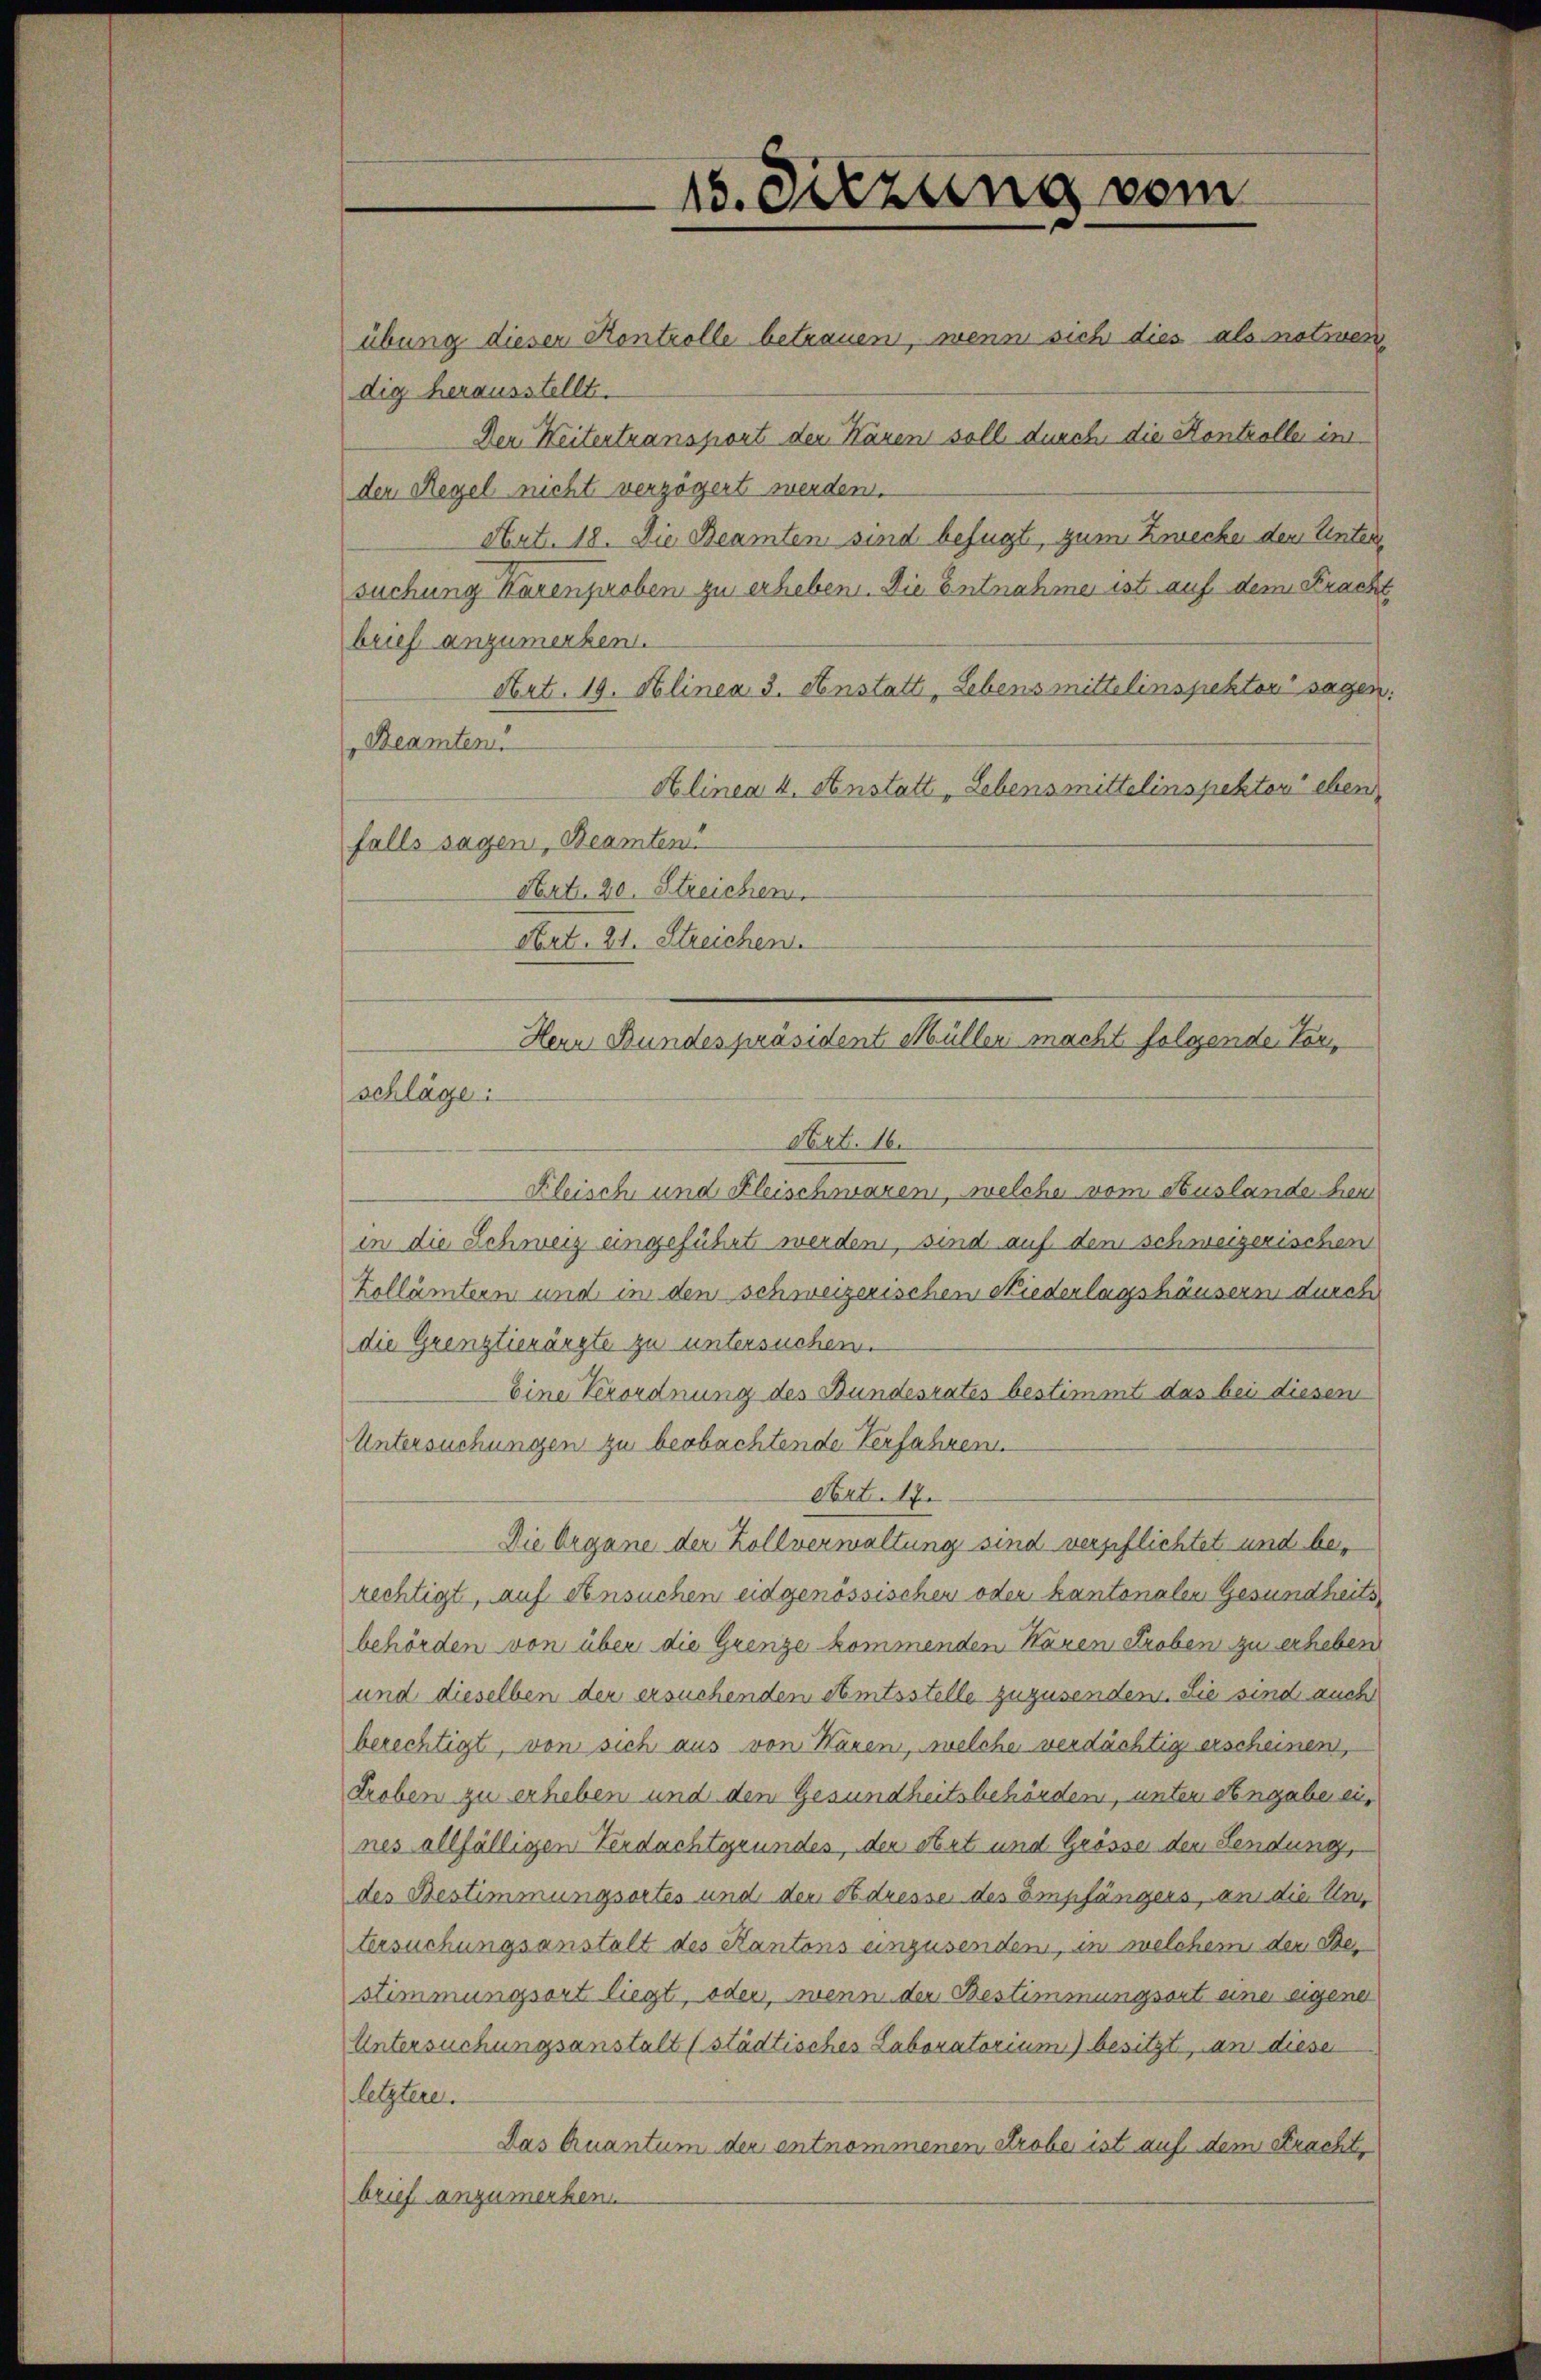
übung dieser Kontrolle betrauen, wenn sich dies als notiven
dig herausstellt.
Der Heitentransport den Hänen soll durch die Kontroller im
der Regel nicht verzögert werden.
Art. 18. Die Beamten sind befugt, zum Zwecke dem Unters
suchung Karen oben zu erheben. Die Entnahme ist auf dem Fracht
brief anzumerken.
Art. 19. Alinea 3. Anstatt, Lebensmittelinspektor sagen:
Beamten
Alinea 4. Anstatt „Lebensmittelinspektor eben
falls sagen, Beamten
Art. 20. Streichen.
Art. 21. Streichen.
schläge:
Art. 16.
Fleisch und Fleischwaren, welche vom Auslande her
in die Schweiz angeführt werden, sind auf dem schweizerischen
Zollämtern und in den schweizerischen Niederlagshäusern durch
die Grenztierärzte zu untersuchen.
Eine Verordnung des Bundesrates bestimmt das bei diesem
Untersuchungen zu beobachtende Verfahren
Art. 17.
Die Organe der Zollverwaltung sind verpflichtet und berechtigt, auf Ansuchen eidgenössischen oder kantonalen Gesundheits
behörden von über die Grenze kommenden Waren Proben zu erheben
und dieselben der ersuchenden Amtsstelle zuzusenden. Sie sind auch
berechtigt, von sich aus von Waren, welche verdächtig erscheinen,
Lroben zu erheben und den Gesundheitsbehörden, unter Angabe eines allfälligen Verdachtgrundes, der Art und Grösse der Sendung,
des Bestimmungsortes und der Adresse des Empfängers, an die Un
tersuchungsanstalt des Kantons einzusenden, in welchem den Bestimmungsort liegt, oder, wenn der Bestimmungsort eine eigene
Untersuchungsanstalt (städtisches Laboratorium) besitzt, an diese
letztere.
Das Quantum der entnommenen Strobe ist auf dem Stracht,
brief anzumerken.

15. Sitzung vom

Hern Bundespräsident Müller macht folgende Vor¬